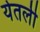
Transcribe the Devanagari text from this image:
येतली